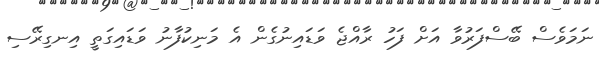
ނަމަވެސް ބޭސްފަރުވާ އަށް ފަހު ރާއްޖެ ވަޑައިނުގެން އެ މަނިކުފާނު ވަޑައިގަތީ އިނގިރޭސި